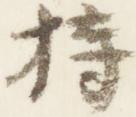
持